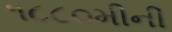
૧૮૮૦મીની